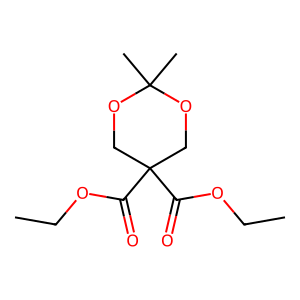
SMILES: CCOC(=O)C1(C(=O)OCC)COC(C)(C)OC1
Inhibits HIV replication: No